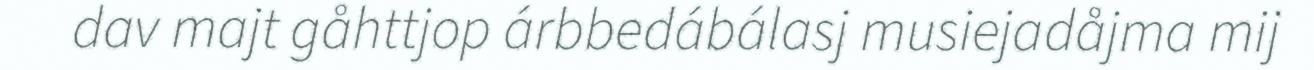
dav majt gåhttjop árbbedábálasj musiejadåjma mij